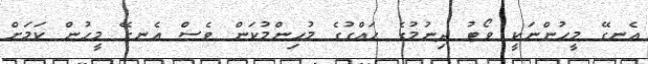
އެނގޭ މީހުންނަކީ ވޯޓު ދިނުމުގެ ހައްގުގެ މުހިންމުކަން ވެސް އެނގޭ މީހުން ކަމަށް